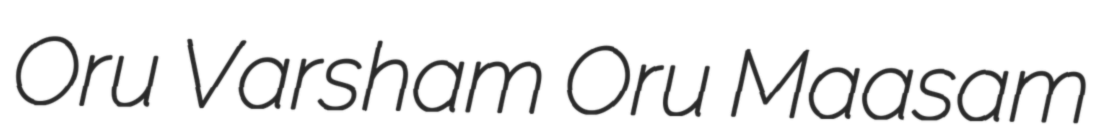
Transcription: Oru Varsham Oru Maasam